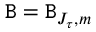
\mathtt { B } = \mathtt { B } _ { J _ { \tau } , m }